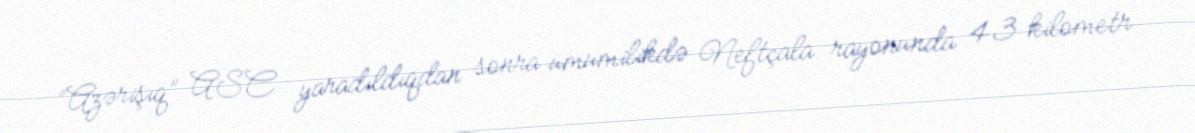
“Azərişıq” ASC yaradıldıqdan sonra ümumilikdə Neftçala rayonunda 43 kilometr